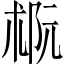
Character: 𪲭